Document type: Sale
Year: 1499
Scribe: Joan Martínez de Sòria
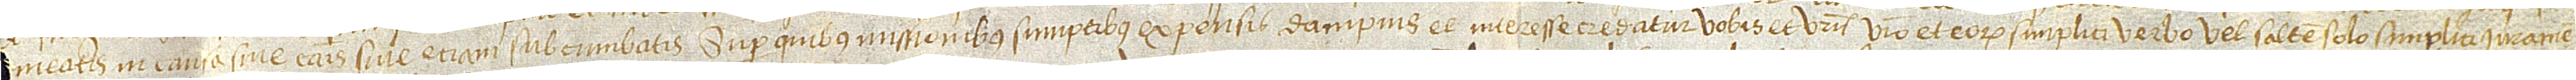
[obt]ineatis in causa sive causis sive etiam subcumbatis. Super quibus missionibus, sumptibus, expensis, dampnis et interesse credatur vobis et vestris vestro et eorum simplici verbo vel saltem solo simplici iuramen-